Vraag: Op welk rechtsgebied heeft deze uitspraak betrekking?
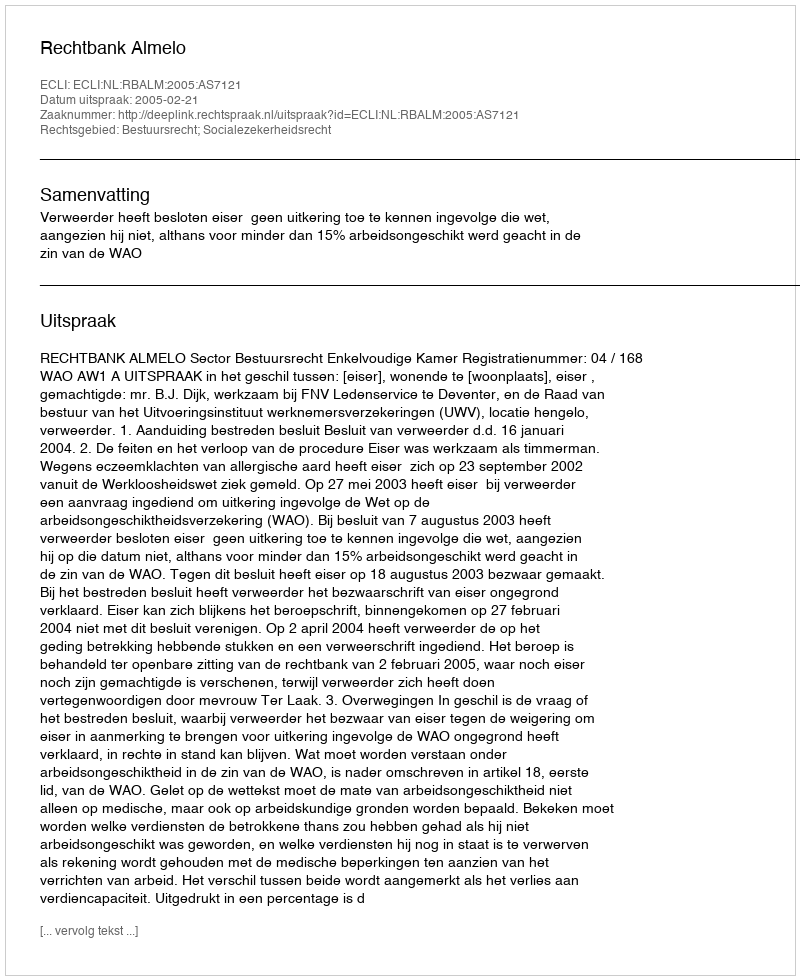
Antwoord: Bestuursrecht; Socialezekerheidsrecht